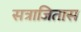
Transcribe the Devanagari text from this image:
सत्राजितास